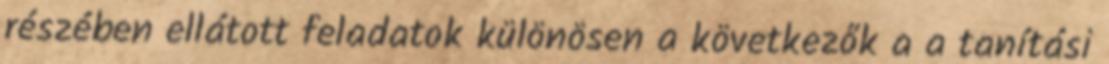
részében ellátott feladatok különösen a következők a a tanítási